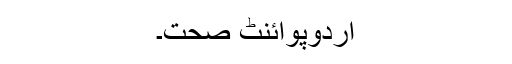
اُردوپوائنٹ صحت۔